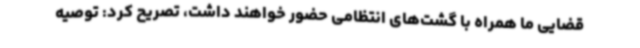
قضایی ما همراه با گشت‌های انتظامی حضور خواهند داشت، تصریح کرد: توصیه